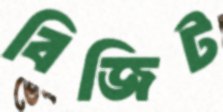
বিজিট